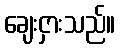
ချေးငှားသည်။